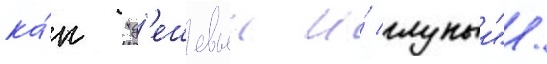
ка́к "д'ешевыи и́ глупыи".